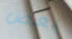
بعض